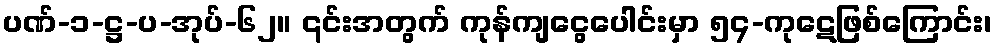
ပဏ်-၁-ဋ္ဌ-ပ-အုပ်-၆၂။ ၎င်းအတွက် ကုန်ကျငွေပေါင်းမှာ ၅၄-ကုဋေဖြစ်ကြောင်း၊